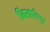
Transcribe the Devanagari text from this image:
भिखारीपुर